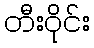
တီးဝိုင်း